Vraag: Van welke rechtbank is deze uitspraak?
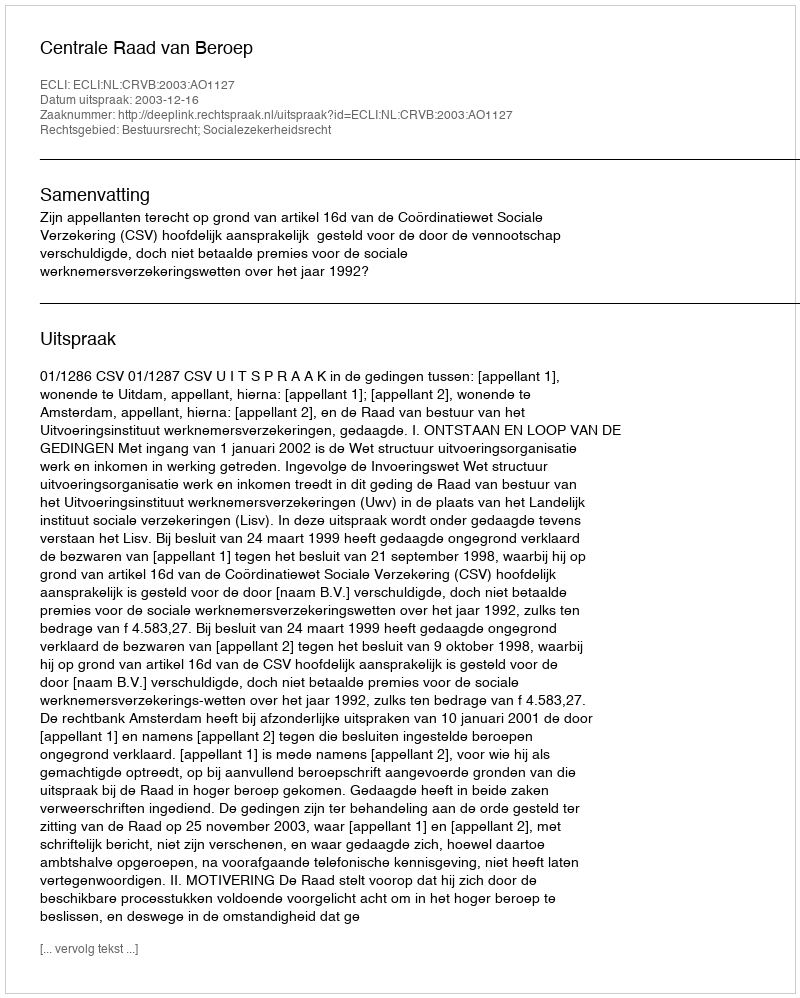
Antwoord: Centrale Raad van Beroep